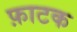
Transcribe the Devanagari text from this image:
फ़ाटक